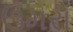
ઉમરો